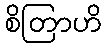
စိတြာဟိ